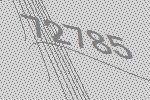
72785